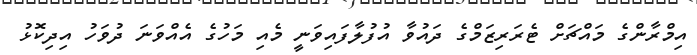
އިމްރާންގެ މައްޗަށް ޓެރަރިޒަމްގެ ދައުވާ އުފުލާފައިވަނީ މެއި މަހުގެ އެއްވަނަ ދުވަހު އިދިކޮޅު